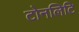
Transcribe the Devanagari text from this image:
टोनलिटि